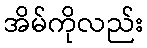
အိမ်ကိုလည်း